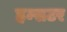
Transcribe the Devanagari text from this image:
हम्सटर